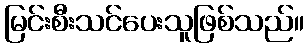
မြင်းစီးသင်ပေးသူဖြစ်သည်။